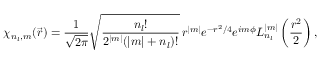
\chi _ { n _ { l } , m } ( \vec { r } ) = \frac { 1 } { \sqrt { 2 \pi } } \sqrt { \frac { n _ { l } ! } { 2 ^ { | m | } ( | m | + n _ { l } ) ! } } \, r ^ { | m | } e ^ { - r ^ { 2 } / 4 } e ^ { i m \phi } L _ { n _ { l } } ^ { | m | } \left( \frac { r ^ { 2 } } { 2 } \right) ,